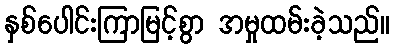
နှစ်ပေါင်းကြာမြင့်စွာ အမှုထမ်းခဲ့သည်။